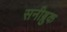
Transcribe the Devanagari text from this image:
सनीब्रुक